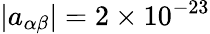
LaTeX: |a_{\alpha\beta}|=2\times 10^{-23}